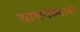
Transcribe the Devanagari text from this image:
चाचपल्यास